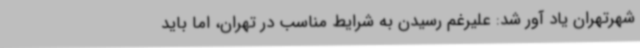
شهرتهران یاد آور شد: علیرغم رسیدن به شرایط مناسب در تهران، اما باید